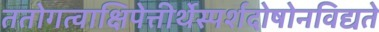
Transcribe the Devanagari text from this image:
ततोगत्वाक्षिपेत्तीर्थेस्पर्शदोषोनविद्यते